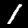
Label: 1